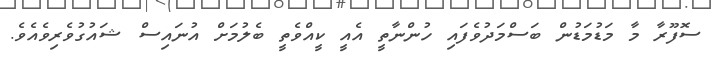
ސޮފޫރާ މާ މަޑުމަޑުން ބަސްމަދުވެފައި ހުންނާތީ އެއީ ކީއްވެތީ ބެލުމަށް އުނައިސް ޝައުގުވެރިވެއެވެ.